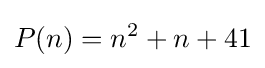
P(n)=n^{2}+n+41